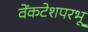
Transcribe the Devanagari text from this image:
वेंकटेशपरभू